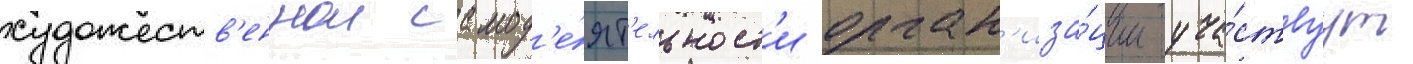
художеств'еннои самод'е́ят'ельност'и орган'иза́ции уча́ствуут